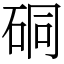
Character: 硐